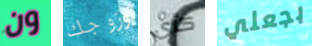
ون وزوجك كأى بجعلي